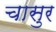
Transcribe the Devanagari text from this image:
चासुर